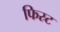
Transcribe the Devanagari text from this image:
फिस्र्ट